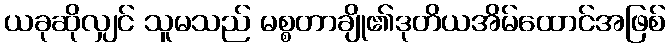
ယခုဆိုလျှင် သူမသည် မစ္စတာချို၏ဒုတိယအိမ်ထောင်အဖြစ်